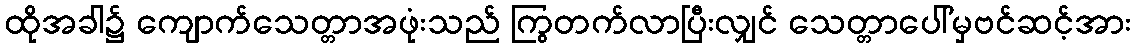
ထိုအခါ၌ ကျောက်သေတ္တာအဖုံးသည် ကြွတက်လာပြီးလျှင် သေတ္တာပေါ်မှဗင်ဆင့်အား